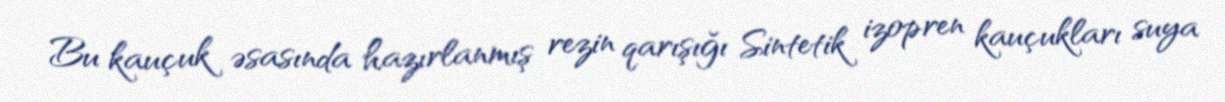
Bu kauçuk əsasında hazırlanmış rezin qarışığı Sintetik izopren kauçukları suya